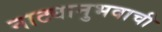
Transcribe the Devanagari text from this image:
नाट्यानुभवाची